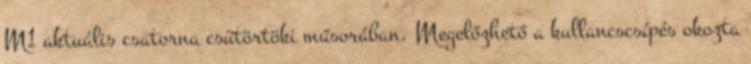
M1 aktuális csatorna csütörtöki műsorában. Megelőzhető a kullancscsípés okozta